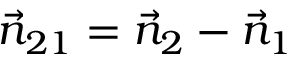
\vec { n } _ { 2 1 } = \vec { n } _ { 2 } - \vec { n } _ { 1 }